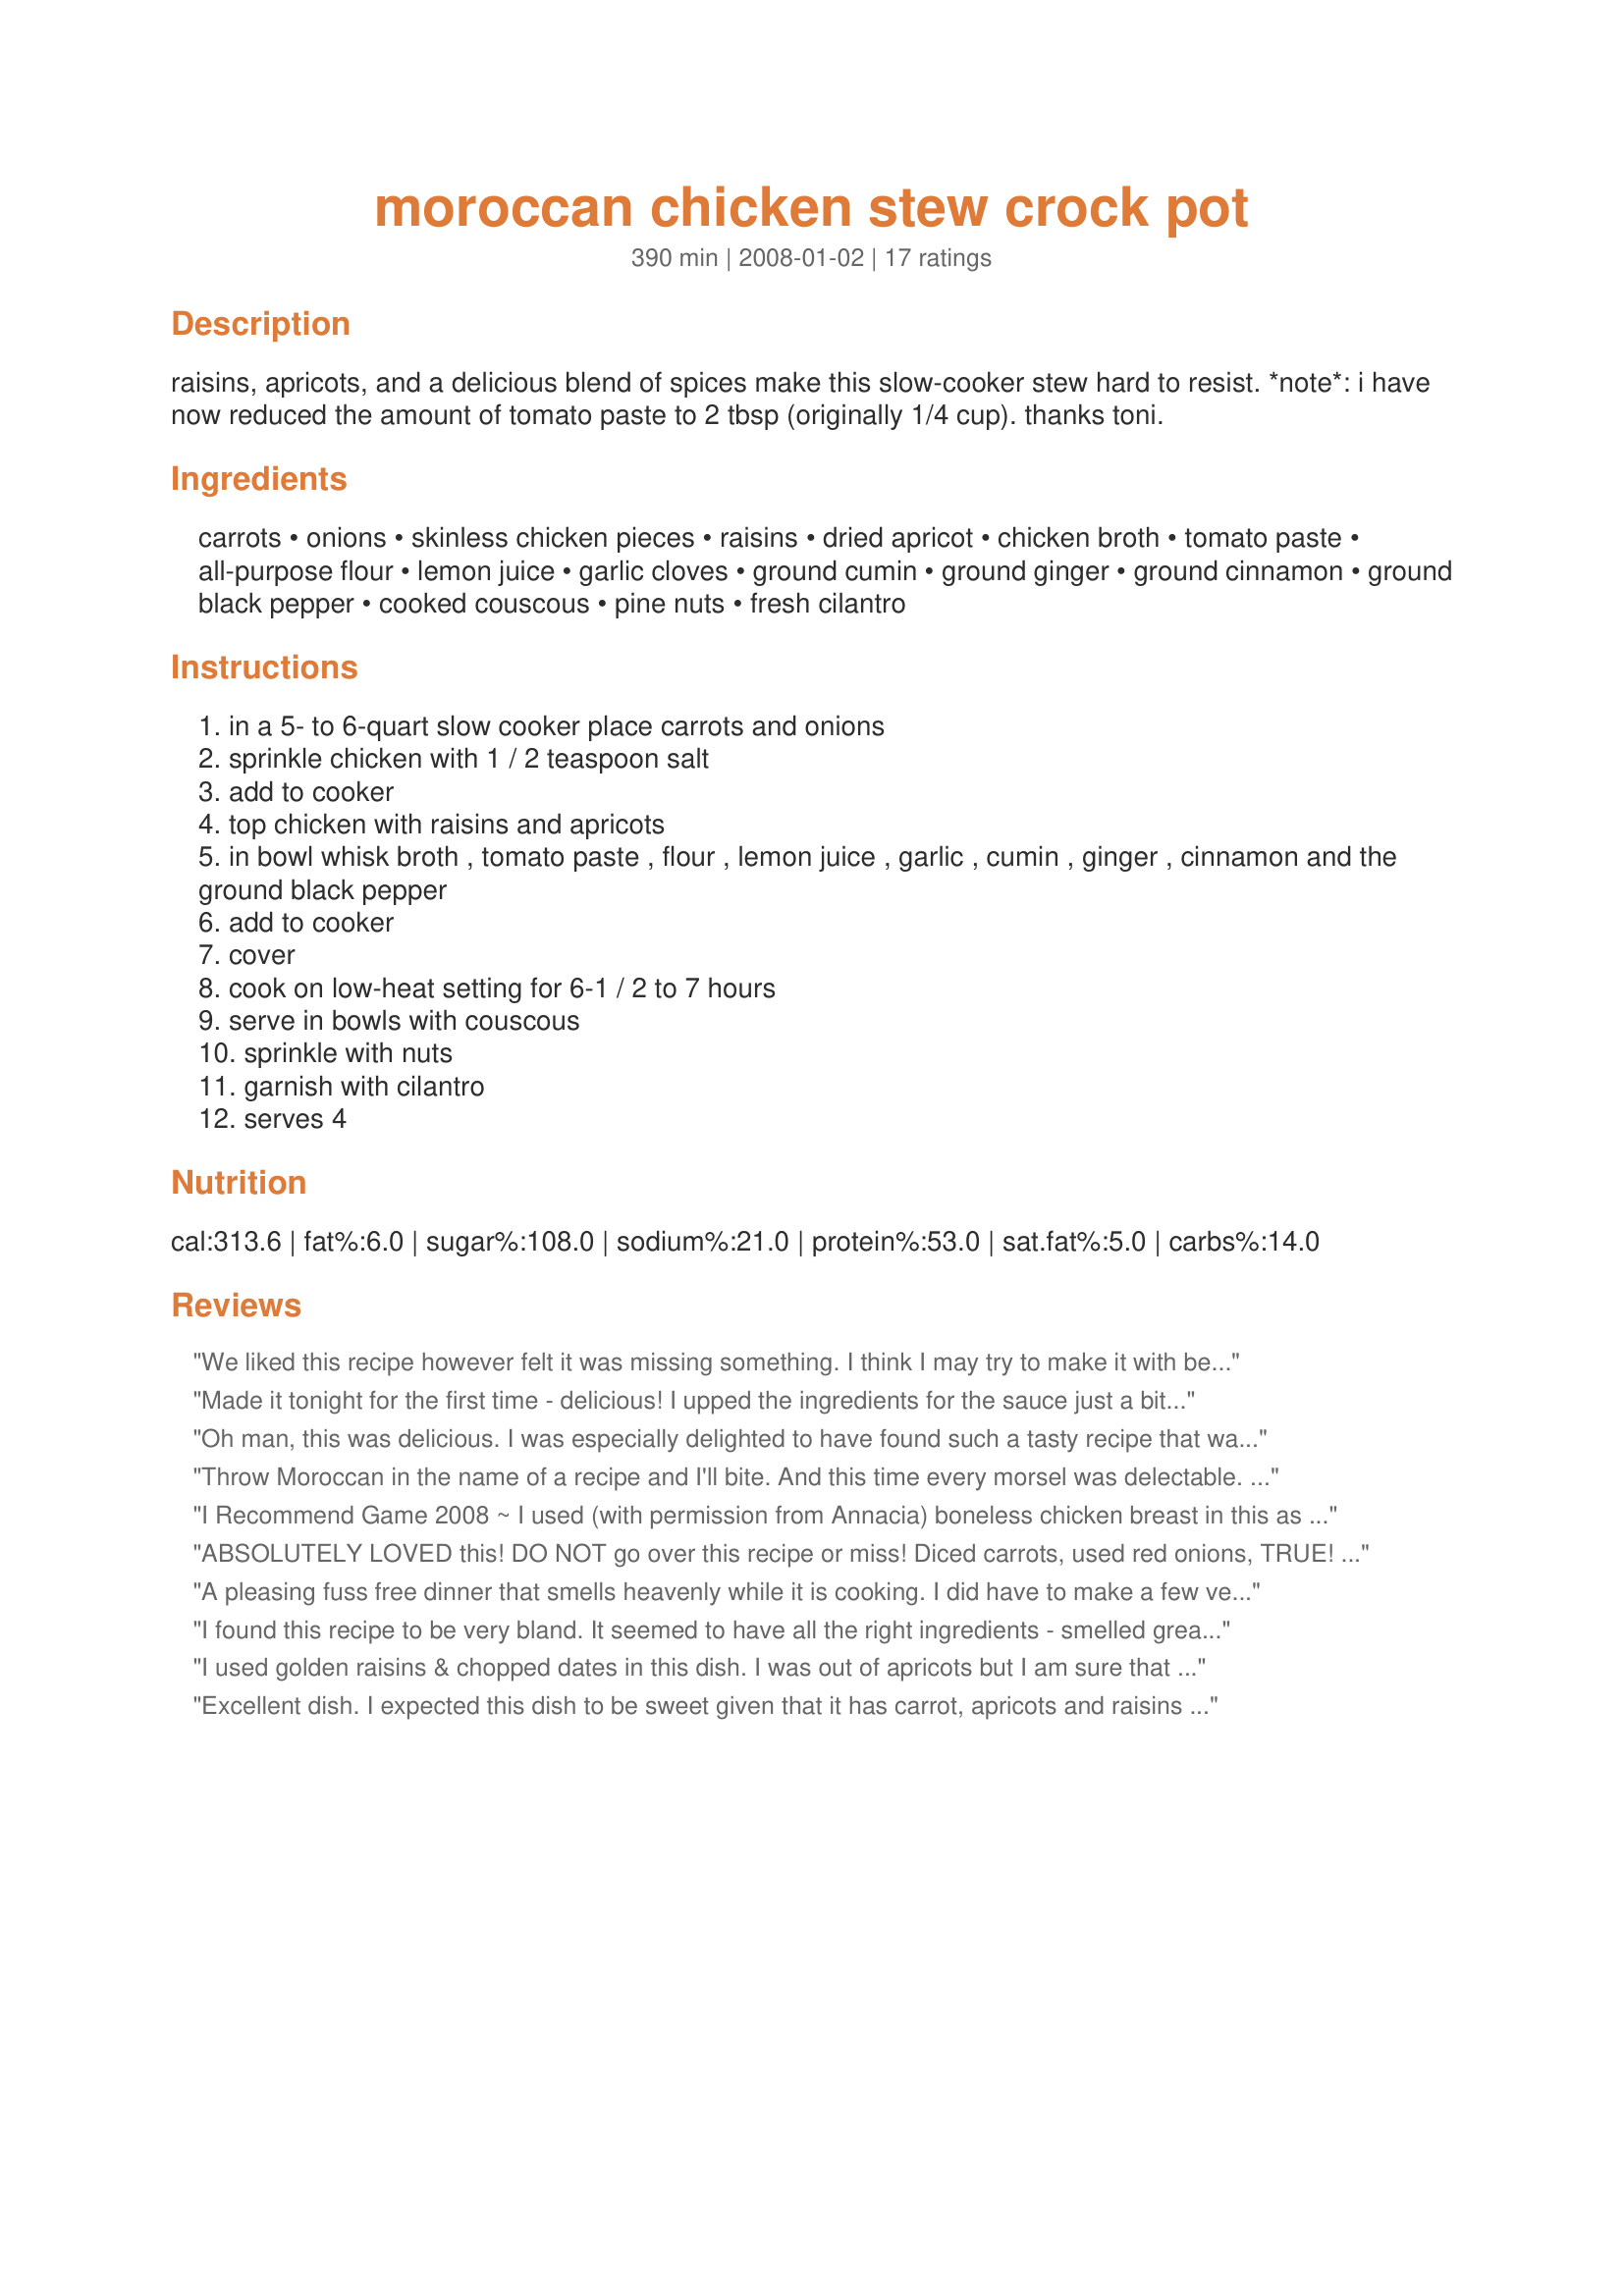
moroccan chicken stew crock pot
Preparation time: 390 minutes

raisins, apricots, and a delicious blend of spices make this slow-cooker stew hard to resist. *note*: i have now reduced the amount of tomato paste to 2 tbsp (originally 1/4 cup). thanks toni.

Ingredients:
carrots, onions, skinless chicken pieces, raisins, dried apricot, chicken broth, tomato paste, all-purpose flour, lemon juice, garlic cloves, ground cumin, ground ginger, ground cinnamon, ground black pepper, cooked couscous, pine nuts, fresh cilantro

Steps:
in a 5- to 6-quart slow cooker place carrots and onions
sprinkle chicken with 1 / 2 teaspoon salt
add to cooker
top chicken with raisins and apricots
in bowl whisk broth , tomato paste , flour , lemon juice , garlic , cumin , ginger , cinnamon and the ground black pepper
add to cooker
cover
cook on low-heat setting for 6-1 / 2 to 7 hours
serve in bowls with couscous
sprinkle with nuts
garnish with cilantro
serves 4

Reviews:
We liked this recipe however felt it was missing something. I think I may try to make it with beef next time and replace the carrots with green peppers.
Made it tonight for the first time - delicious! I upped the ingredients for the sauce just a bit (e.g. added heaping teaspoons instead of flat, 4 garlic cloves instead of 2) and put the salt & pepper directly onto the chicken after I dropped it in. I also followed the suggestions to cook 3 hrs on high and 3 on low, and to add 3/4 (organic unsulfered) apricots to 1/4 raisins. Very glad I did that - I think the extra apricots really boosted the flavor.
Oh man, this was delicious. I was especially delighted to have found such a tasty recipe that was a bit out of the norm. I served it with brown rice instead of couscous and the raisins were mixed with dried cranberries, since that's what I had at home. My only other comment is that I made this in my 3 qt. cooker with no problems, so you definitely don't need a 5-6 qt cooker to make it. Thanks for posting it! :)
Throw Moroccan in the name of a recipe and I'll bite. And this time every morsel was delectable. I let mine cook for three hours on high and another three hours on low. If you have the option choose the longest possible cooking time as it allows for the fragrant sauce to develop - melting in the apricots and onions. I cut my carrots into sticks so that the would not become over cooked. Two small suggestions which make this simply sublime: I would cut the amount of tomato paste by 1 or 2 tablespoons, especially if you are using the shorter cooking times. At 4 hours, it still dominated the other flavors and only mellowed after additional cooking. My other change would be to change up the amount of dried fruit to 2/3 cup apricots and 1/3 cup raisins. The former do double duty as a component in the sauce as well as an item in the stew itself. Thank you for a wonderful recipe.
I Recommend Game 2008 ~ I used (with permission from Annacia) boneless chicken breast in this as I thought a stew with large chicken pieces would be a bit messy. DH isn't too crazy about couscous so I may try this again with rice. Thanks Annacia!
ABSOLUTELY LOVED this!
DO NOT go over this recipe or miss!
Diced carrots, used red onions, TRUE!
DEFINATELY a keeper too!
You will LOVE the smell it does create!
This recipe IS first rate!
A pleasing fuss free dinner that smells heavenly while it is cooking. I did have to make a few very minor changes to work with what I had on hand, first had to use 2 1/2 lb frozen whole legs (thigh attached) so increased the cook time by 2 hours which was perfect as it was falling off the bone tender. The other change was did not have enough couscous so had to serve over rice. We are looking forward to enjoying the leftovers for lunch. Thanks for the post.
I found this recipe to be very bland. It seemed to have all the right ingredients - smelled great but flat taste. I would try again and fiddle with it some, rather than following the recipe exactly.
I used golden raisins & chopped dates in this dish. I was out of apricots but I am sure that they would have been wonderful in the dish. I did add a tsp of Ras el Hanout to the sauce when it was done cooking. Made for Ramadan Tag 2011
Excellent dish. I expected this dish to be sweet given that it has carrot, apricots and raisins in it. It is not sweet at all. The blend of spices and fruit mellows with cooking and turns this dish into a taste sensation!! I will be making this often. Thanks for sharing.
Delicious! Wonderful and easy chicken stew which we all enjoyed! I used catsup instead of the tomato paste but otherwise followed as directed. Thanks for sharing!
Wonderful! Followed the recipe to the letter except for the flour which was gluten free, and I had no cilantro. But that didn't matter at all, this is a most delicious recipe. Easy to make and very comforting on a chilly fall day :) Made for N*A*M*E* goes to Morocco 11/2012
SO amazing! I came home after a long day and the incredible smell was filling the house. The combination of spices and fruit were perfect. Not spicy, not sweet. Just delicious! Chicken was so moist and was falling apart. Next time I might double the sauce, just because we loved it so much. The first night we had it over rice as the recipe suggested, but the second night we just ate it as a stew. Dare I say the second night's version was even better! Will definitely be making its way into my recipe rotation.
We really enjoyed this recipe, even my picky eaters liking it. I made it exactly as written, then removed the chicken and carrots to reduce the sauce. It was delicious served over couscous. I think next time I will double the tomato paste (back to the original amount) and dried fruit, plus add a green bell pepper. It took 5 hours in my crock pot, starting for 1 hr on high and then 4 hours on low. Thank you for a lovely dinner Annacia!
This was phenomenal! The aroma when I returned home from work made the mouth water. My family does not like cous cous so I served with rice. I had to refrain from licking the plate! Next time, I'll add another onion and some more carrots. The onions virtually carmelize. Thanks so much for posting - this is definitely a keeper!
When I first found this recipe, I was thrilled. It looked super tasty, filling, healthy, and best of all, easy to prepare. The reviews, excluding one, raved about how great the recipe was. Now, I wish I had listened to the negative review. I wanted to like this recipe. I really did. I read through all of the comments and tweaked the recipe (added green peppers and made extra sauce) because I was so confident that I'd have a great dish to eat over and over again. Instead, I have a ton of food (I batch cook and freeze meals) to throw away. While this recipe had a nice variety of vegetables and seasonings, it had next to no flavor. I cannot believe how bland it is. I can usually tolerate under seasoned recipes well enough to finish them. After all, I put time and money into the dish. Not this time. I am throwing it all in the trash. It is that bad. I hate posting negative reviews because I have found some wonderful recipes online. However, this recipe is not great and I want to throw a little warning to others who come across it.
i added some tony cacheres
